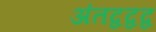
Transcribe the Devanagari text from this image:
अंतद्वद्वद्व